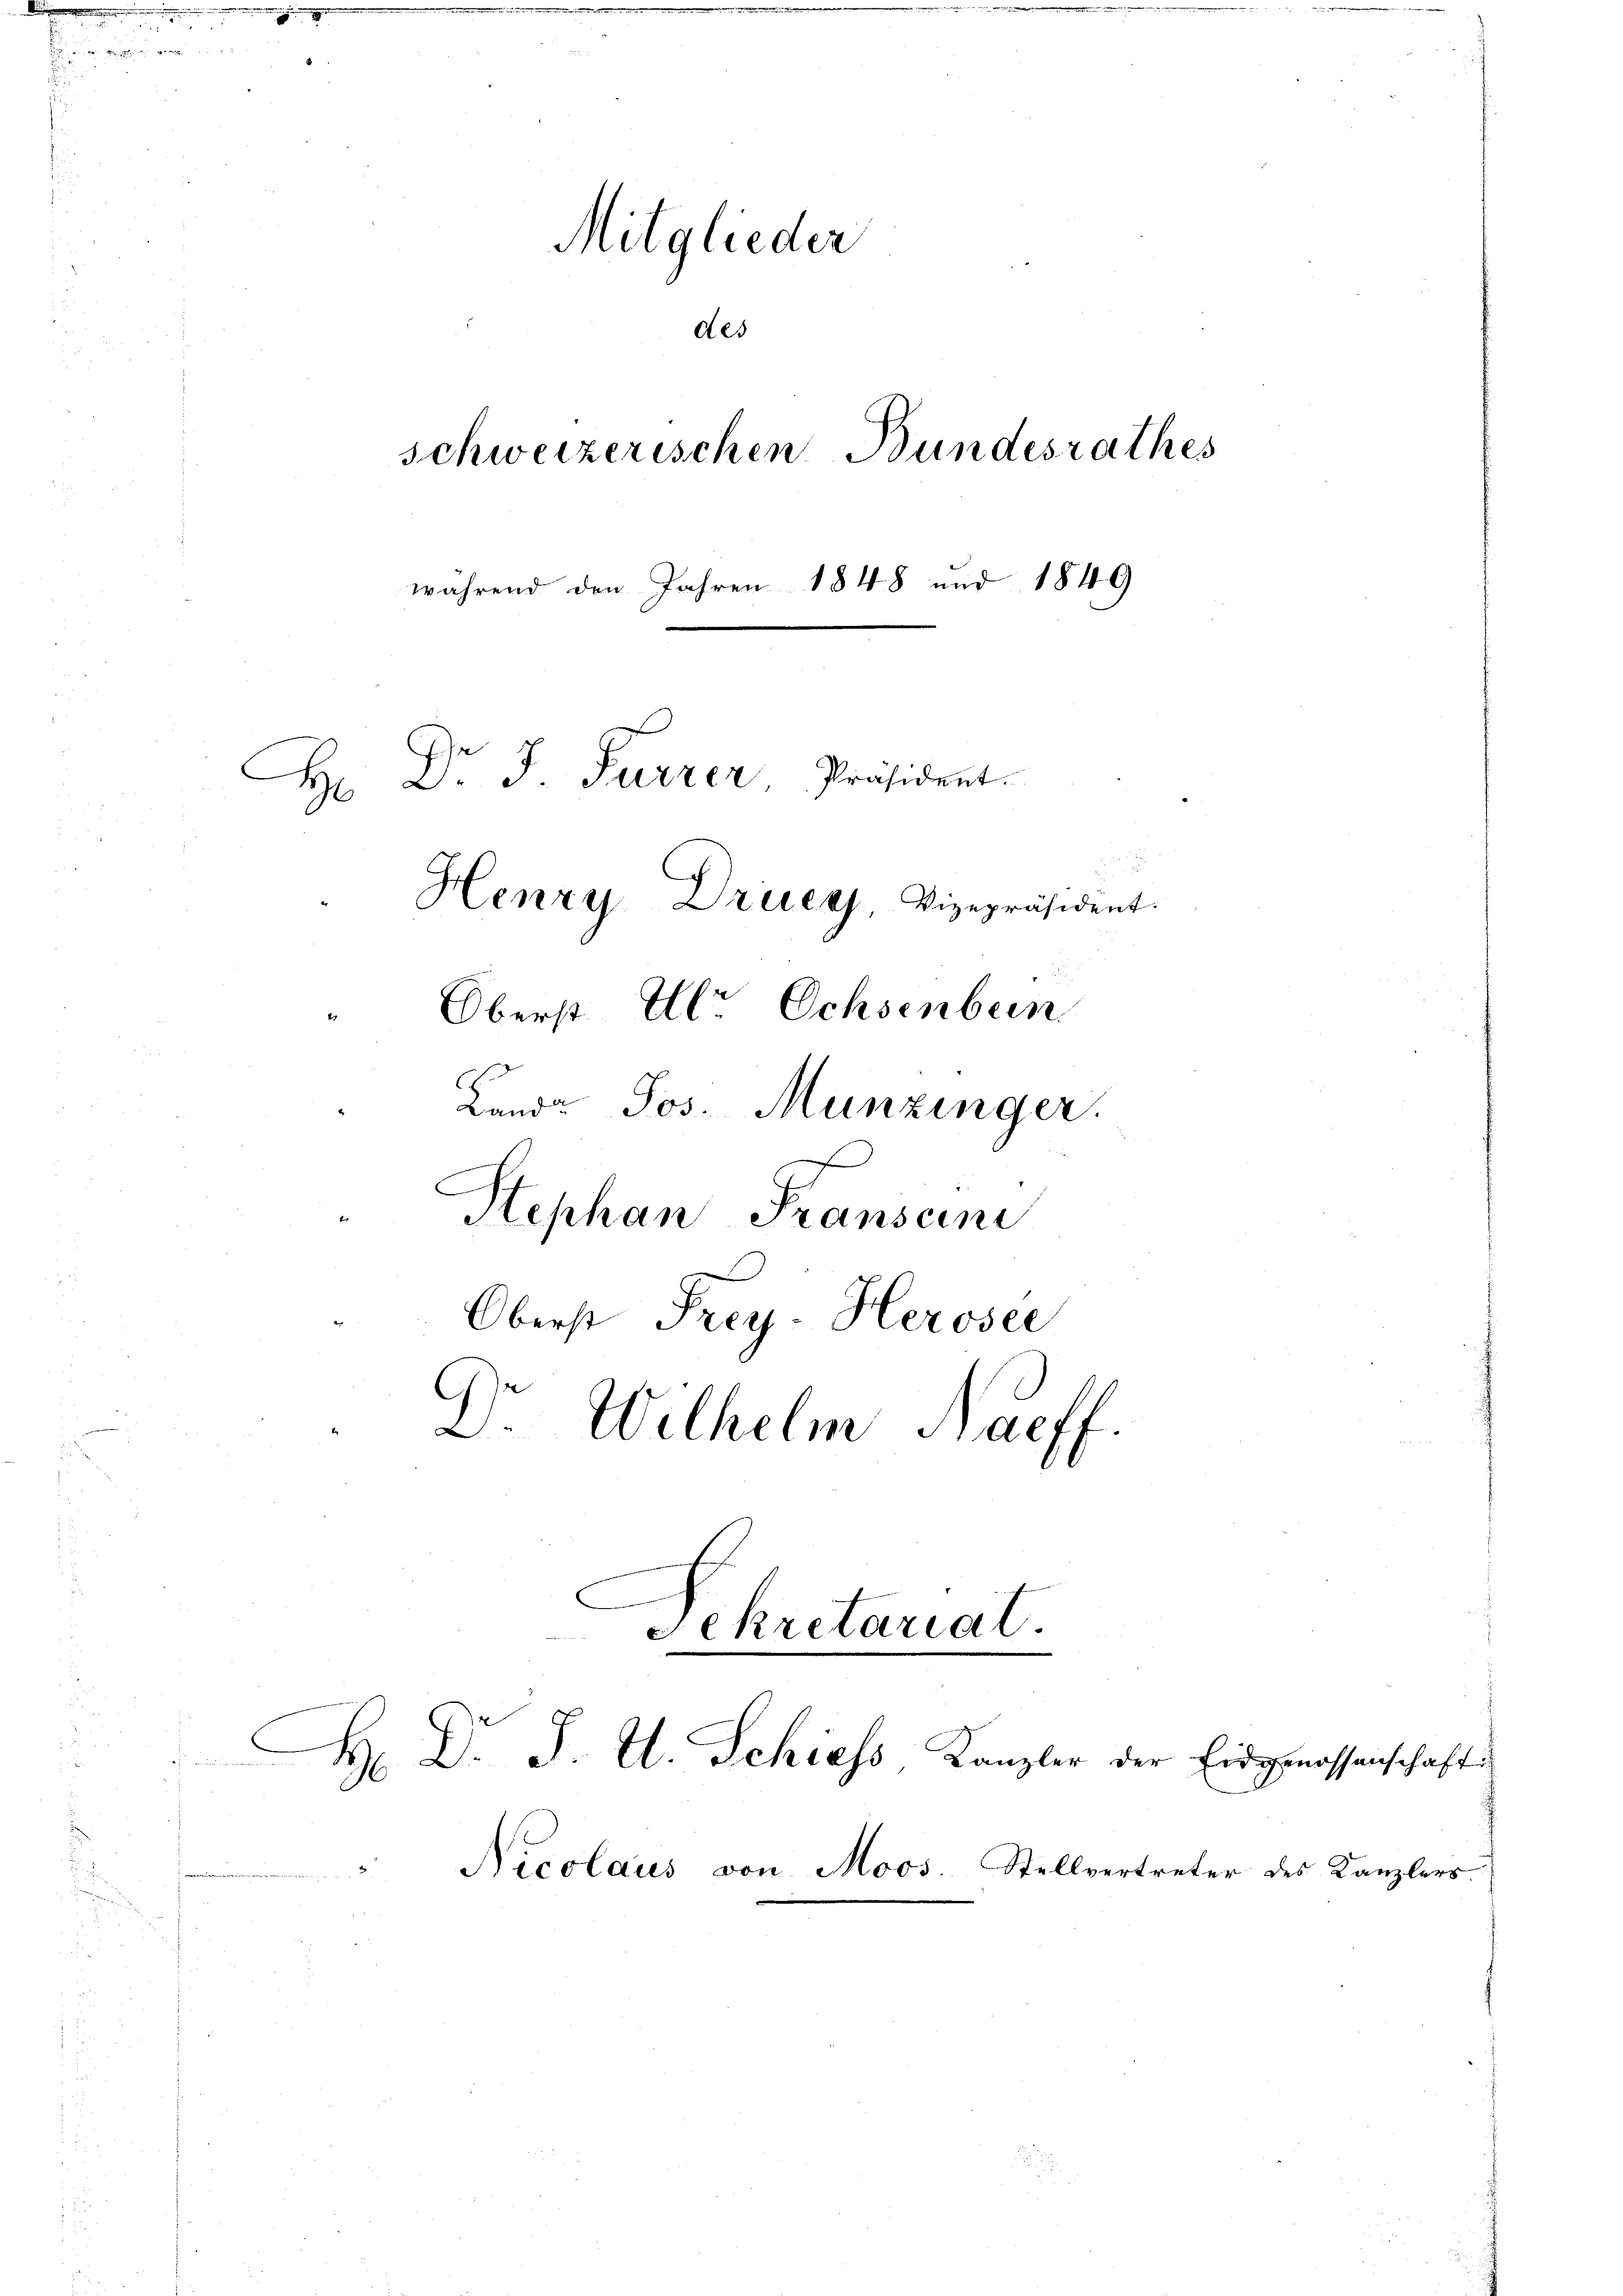
Mitglieder
des
schweizerischen Bundesrathes
während den Jahren 1848 und 1849
Dr J. Furrer, Präsident.
H
Henry Druey, Vizepräsident.
Oberst Ulr Ochsenbein
Landr. Jos. Munzinger
Stephan Franscini
Oberst Frey- Herosée
Dr. Wilhelm Naeff.

Sekretariat.

.
Hr. Dr. J. A. Schiess, Kanzler der Eidgenossenschaft

Nicolaus von Moos. Stellvertreter

des Kanzlers.